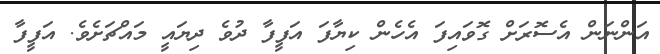
އަންނަން އެސޮރަށް ގޮވައިފަ އެހެން ކިޔާފަ އަފީފާ ދުވެ ދިޔައީ މައްޗަށެވެ. އަފީފާ